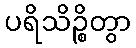
ပရိသိဉ္စိတွာ